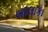
બાલાકા